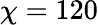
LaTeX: \chi=120